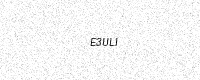
Text: E3ULI